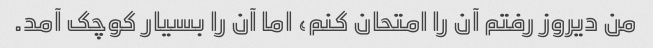
من دیروز رفتم آن را امتحان کنم، اما آن را بسیار کوچک آمد.